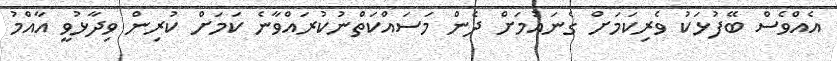
އެއްވެސް ބޭފުޅަކު ވެރިކަމަށް ގެނައުމަށް ދެން މަސައްކަތްނުކުރައްވާނެ ކަމަށް ކުރިން ވިދާޅުވީ އާއްމު